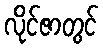
လိုင်ဇာတွင်